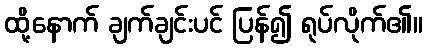
ထို့နောက် ချက်ချင်းပင် ပြန်၍ ရုပ်လိုက်၏။